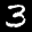
Label: 3